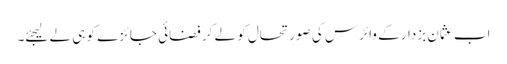
اب عثمان بزدار کے وائرس کی صورتحال کو لے کر فضائی جائزے کو ہی لے لیجئے۔